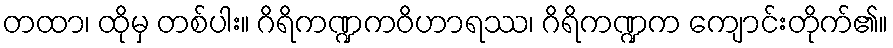
တထာ၊ ထိုမှ တစ်ပါး။ ဂိရိကဏ္ဍကဝိဟာရဿ၊ ဂိရိကဏ္ဍက ကျောင်းတိုက်၏။